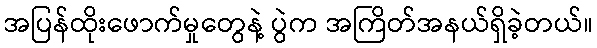
အပြန်ထိုးဖောက်မှုတွေနဲ့ ပွဲက အကြိတ်အနယ်ရှိခဲ့တယ်။